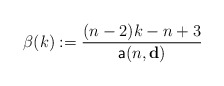
\begin{align*}\beta(k):=\frac{(n-2)k-n+3}{\mathsf{a}(n,\mathbf{d})}\end{align*}